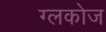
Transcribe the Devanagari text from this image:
ग्लकोज